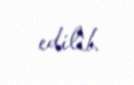
edilib.